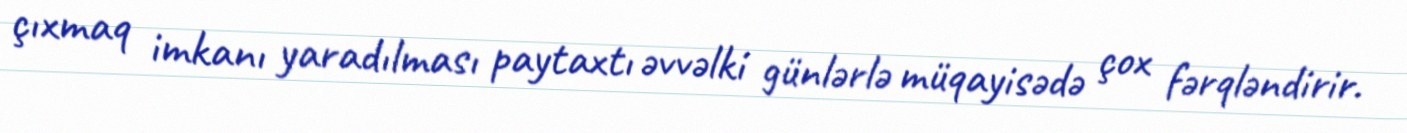
çıxmaq imkanı yaradılması paytaxtı əvvəlki günlərlə müqayisədə çox fərqləndirir.